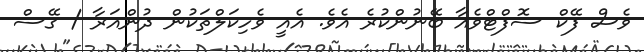
ވެސް ފޭކް ސޮފްޓްވެއާ ބޭނުންކުރެ އެވެ. އެއީ ވެހިކަލްތަކުން ދުންއަރާ / ގޭސް